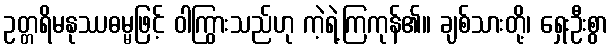
ဥတ္တရိမနုဿဓမ္မဖြင့် ဝါကြွားသည်ဟု ကဲ့ရဲ့ကြကုန်၏။ ချစ်သားတို့၊ ရှေးဦးစွာ